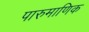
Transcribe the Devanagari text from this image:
पारुमाणिक